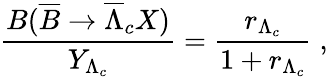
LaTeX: \frac{B(\overline{{B}}\rightarrow\overline{{\Lambda}}_{c}X)}{Y_{\Lambda_{c}}}=\frac{r_{\Lambda_{c}}}{1+r_{\Lambda_{c}}}\; ,